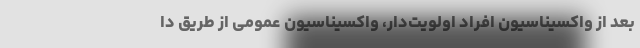
بعد از واکسیناسیون افراد اولویت‌دار، واکسیناسیون عمومی از طریق دا